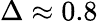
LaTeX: \Delta\approx 0.8